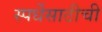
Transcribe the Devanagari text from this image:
स्पर्धेसाठीची